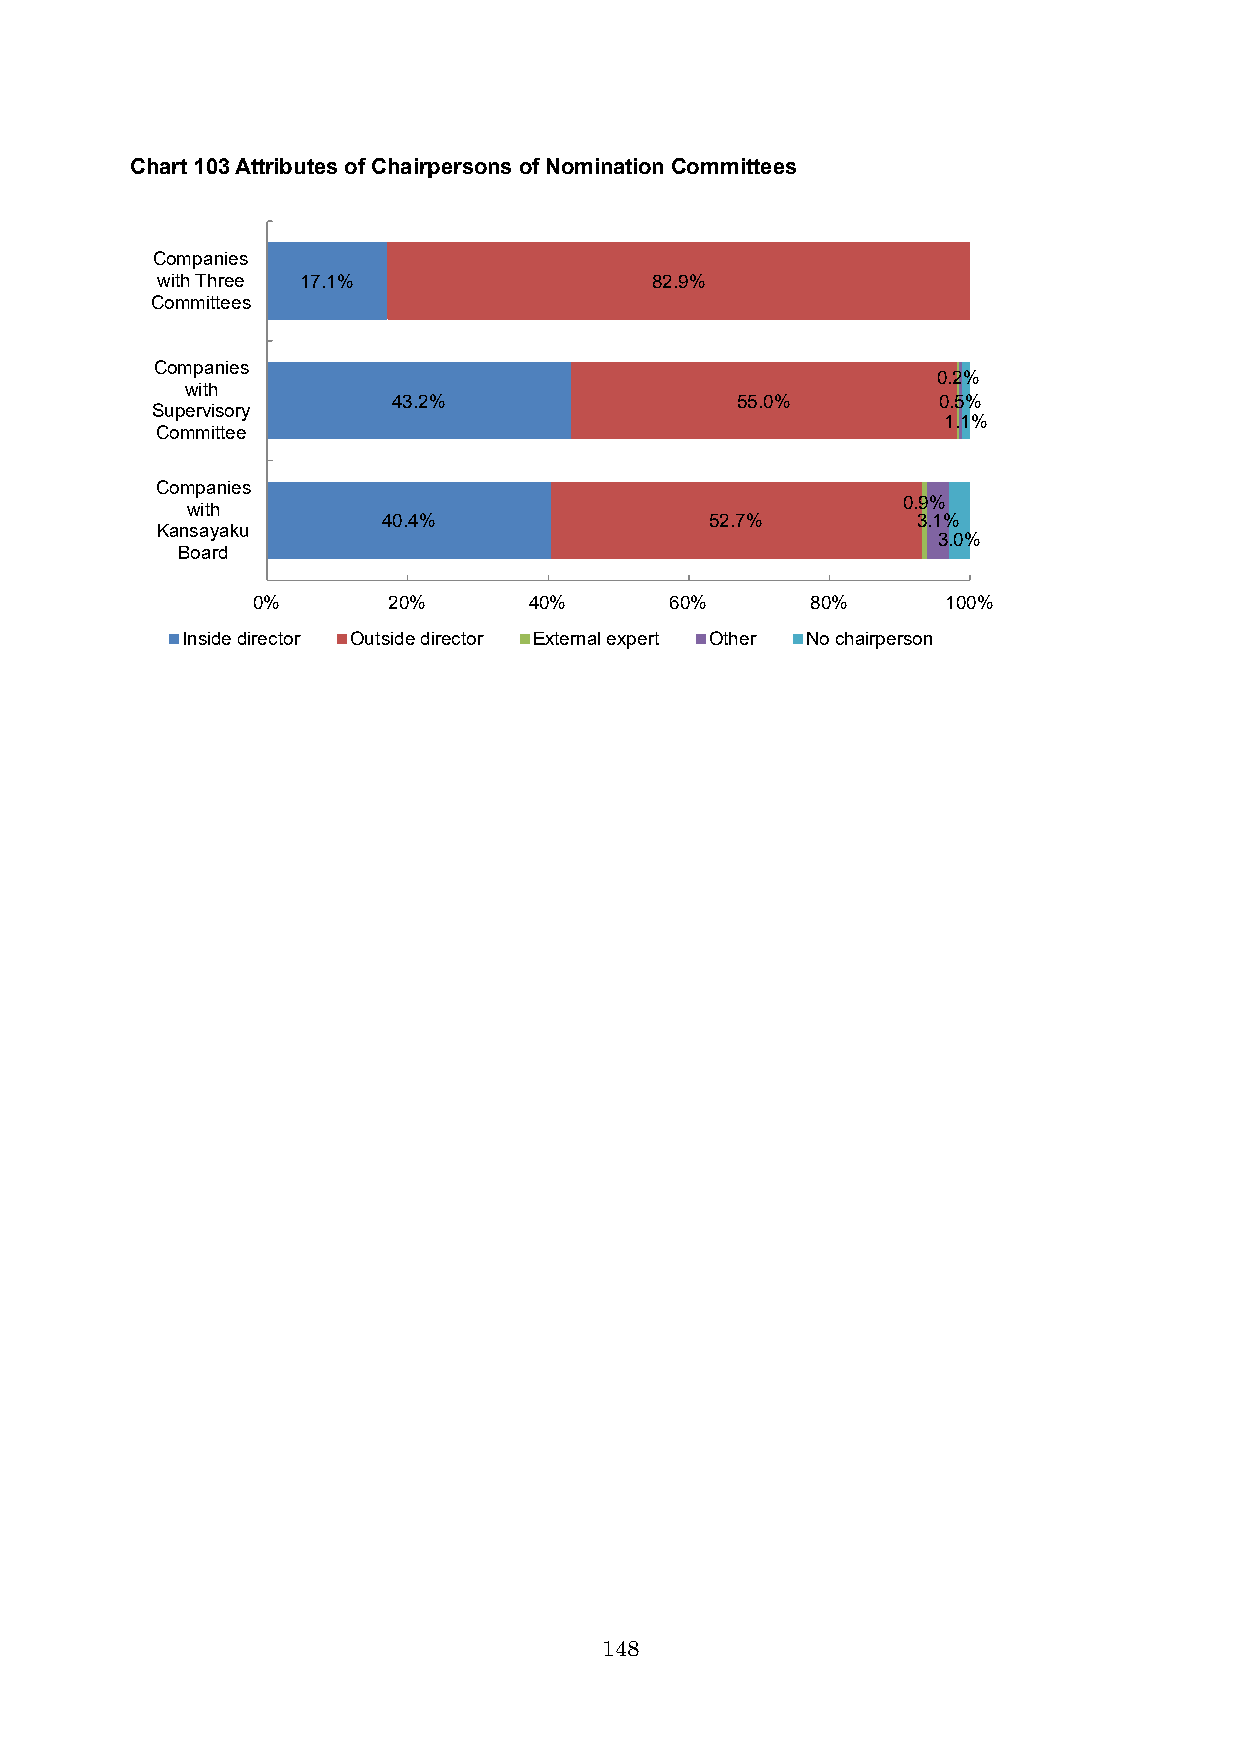
Chart 103Attributes of Chairpersons of Nomination Committees
 Companies
 with Three 17.1%                 82.9%
 Committees
 Companies
 0.2%
 with
 43.2%                  55.0%        0.5%
 Supervisory
 1.1%
 Committee
 Companies
 0.9%
 with
 40.4%                 52.7%         3.1%
 Kansayaku
 3.0%
 Board
 0%       20%      40%      60%       80%      100%
 Inside director Outside director External expert Other No chairperson
 148